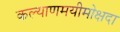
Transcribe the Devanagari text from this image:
कल्याणमयीमोक्षदा